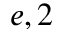
e , 2